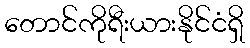
တောင်ကိုရီးယားနိုင်ငံရှိ